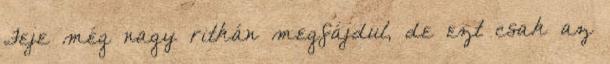
Feje még nagy ritkán megfájdul, de ezt csak az